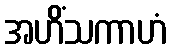
အဟိံသကာဟံ